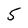
Character: 5